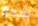
شكرا